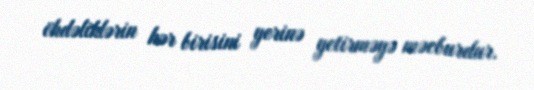
öhdəliklərin hər birisini yerinə yetirməyə məcburdur.